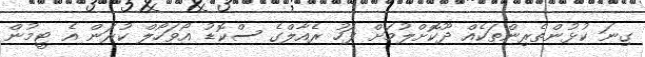
ގިނަ ކުޅުންތެރިންތަކެއް ދޫކޮށްލުމަށް ފަހު ރެއާލްގެ ސްކޮޑު އޯވަހޯލް ކުރަން އެ ޓީމުން